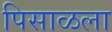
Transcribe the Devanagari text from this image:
पिसाळला